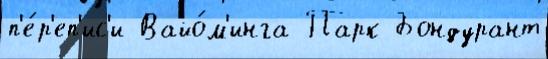
п'е́р'еп'ис'и Вайо́м'инга Парк Бондурант